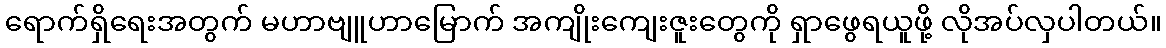
ရောက်ရှိရေးအတွက် မဟာဗျူဟာမြောက် အကျိုးကျေးဇူးတွေကို ရှာဖွေရယူဖို့ လိုအပ်လှပါတယ်။